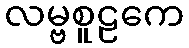
လမ္ဗစူဠကေ